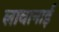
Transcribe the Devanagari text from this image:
लावानाई